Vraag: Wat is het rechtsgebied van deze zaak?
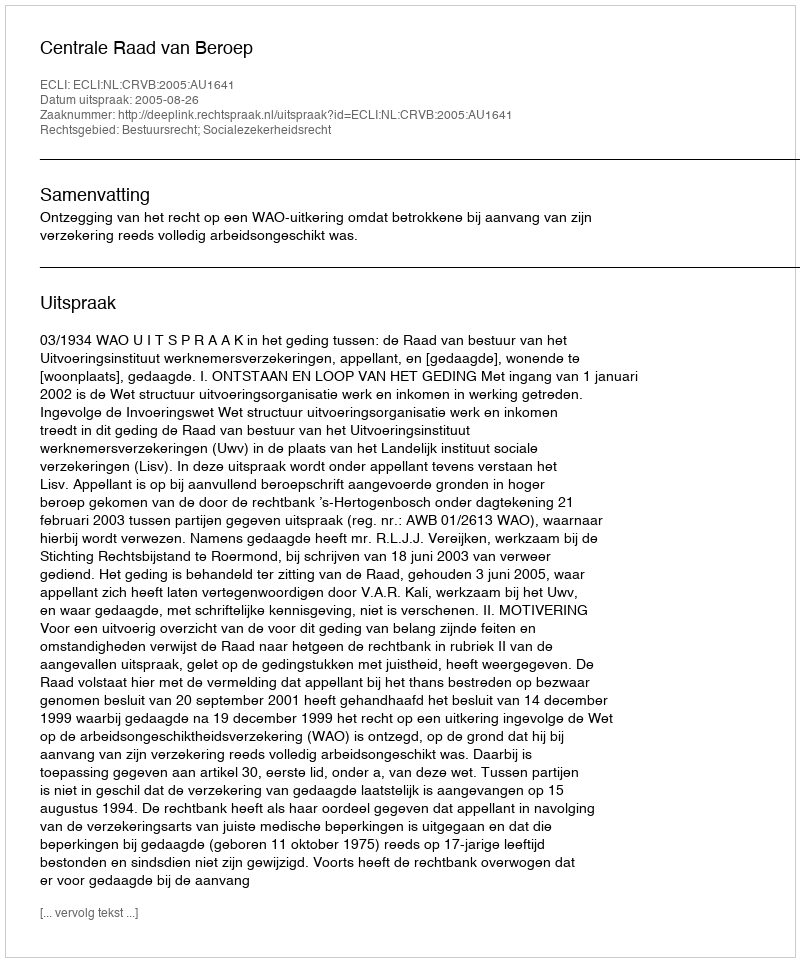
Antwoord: Bestuursrecht; Socialezekerheidsrecht